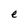
Character: e